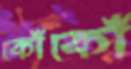
কোঁকোঁ